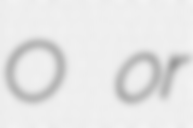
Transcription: O or